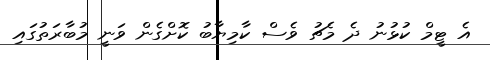
އެ ޓީމް ކުޅުނު ދެ މެޗު ވެސް ކާމިޔާބު ކޮށްގެން ވަނީ މުބާރަތުގައި